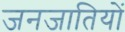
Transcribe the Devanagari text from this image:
जनजातियाें